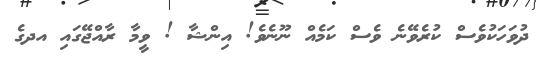
ދުވަހަކުވެސް ކުރެވޭނެ ވެސް ކަމެއް ނޫނެވެ! އިންޝާ ! ވީމާ ރާއްޖޭގައި އދގެ